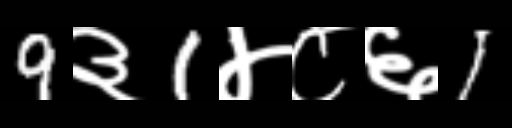
Text: 9३1४८६1